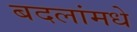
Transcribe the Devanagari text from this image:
बदलांमधे